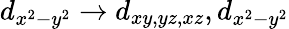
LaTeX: d_{x^{2}-y^{2}}\rightarrow d_{xy,yz,xz},d_{x^{2}-y^{2}}